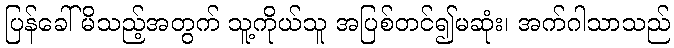
ပြန်ခေါ်မိသည့်အတွက် သူ့ကိုယ်သူ အပြစ်တင်၍မဆုံး၊ အက်ဂါသာသည်